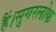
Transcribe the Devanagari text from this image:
हैं।सुगरलोफ